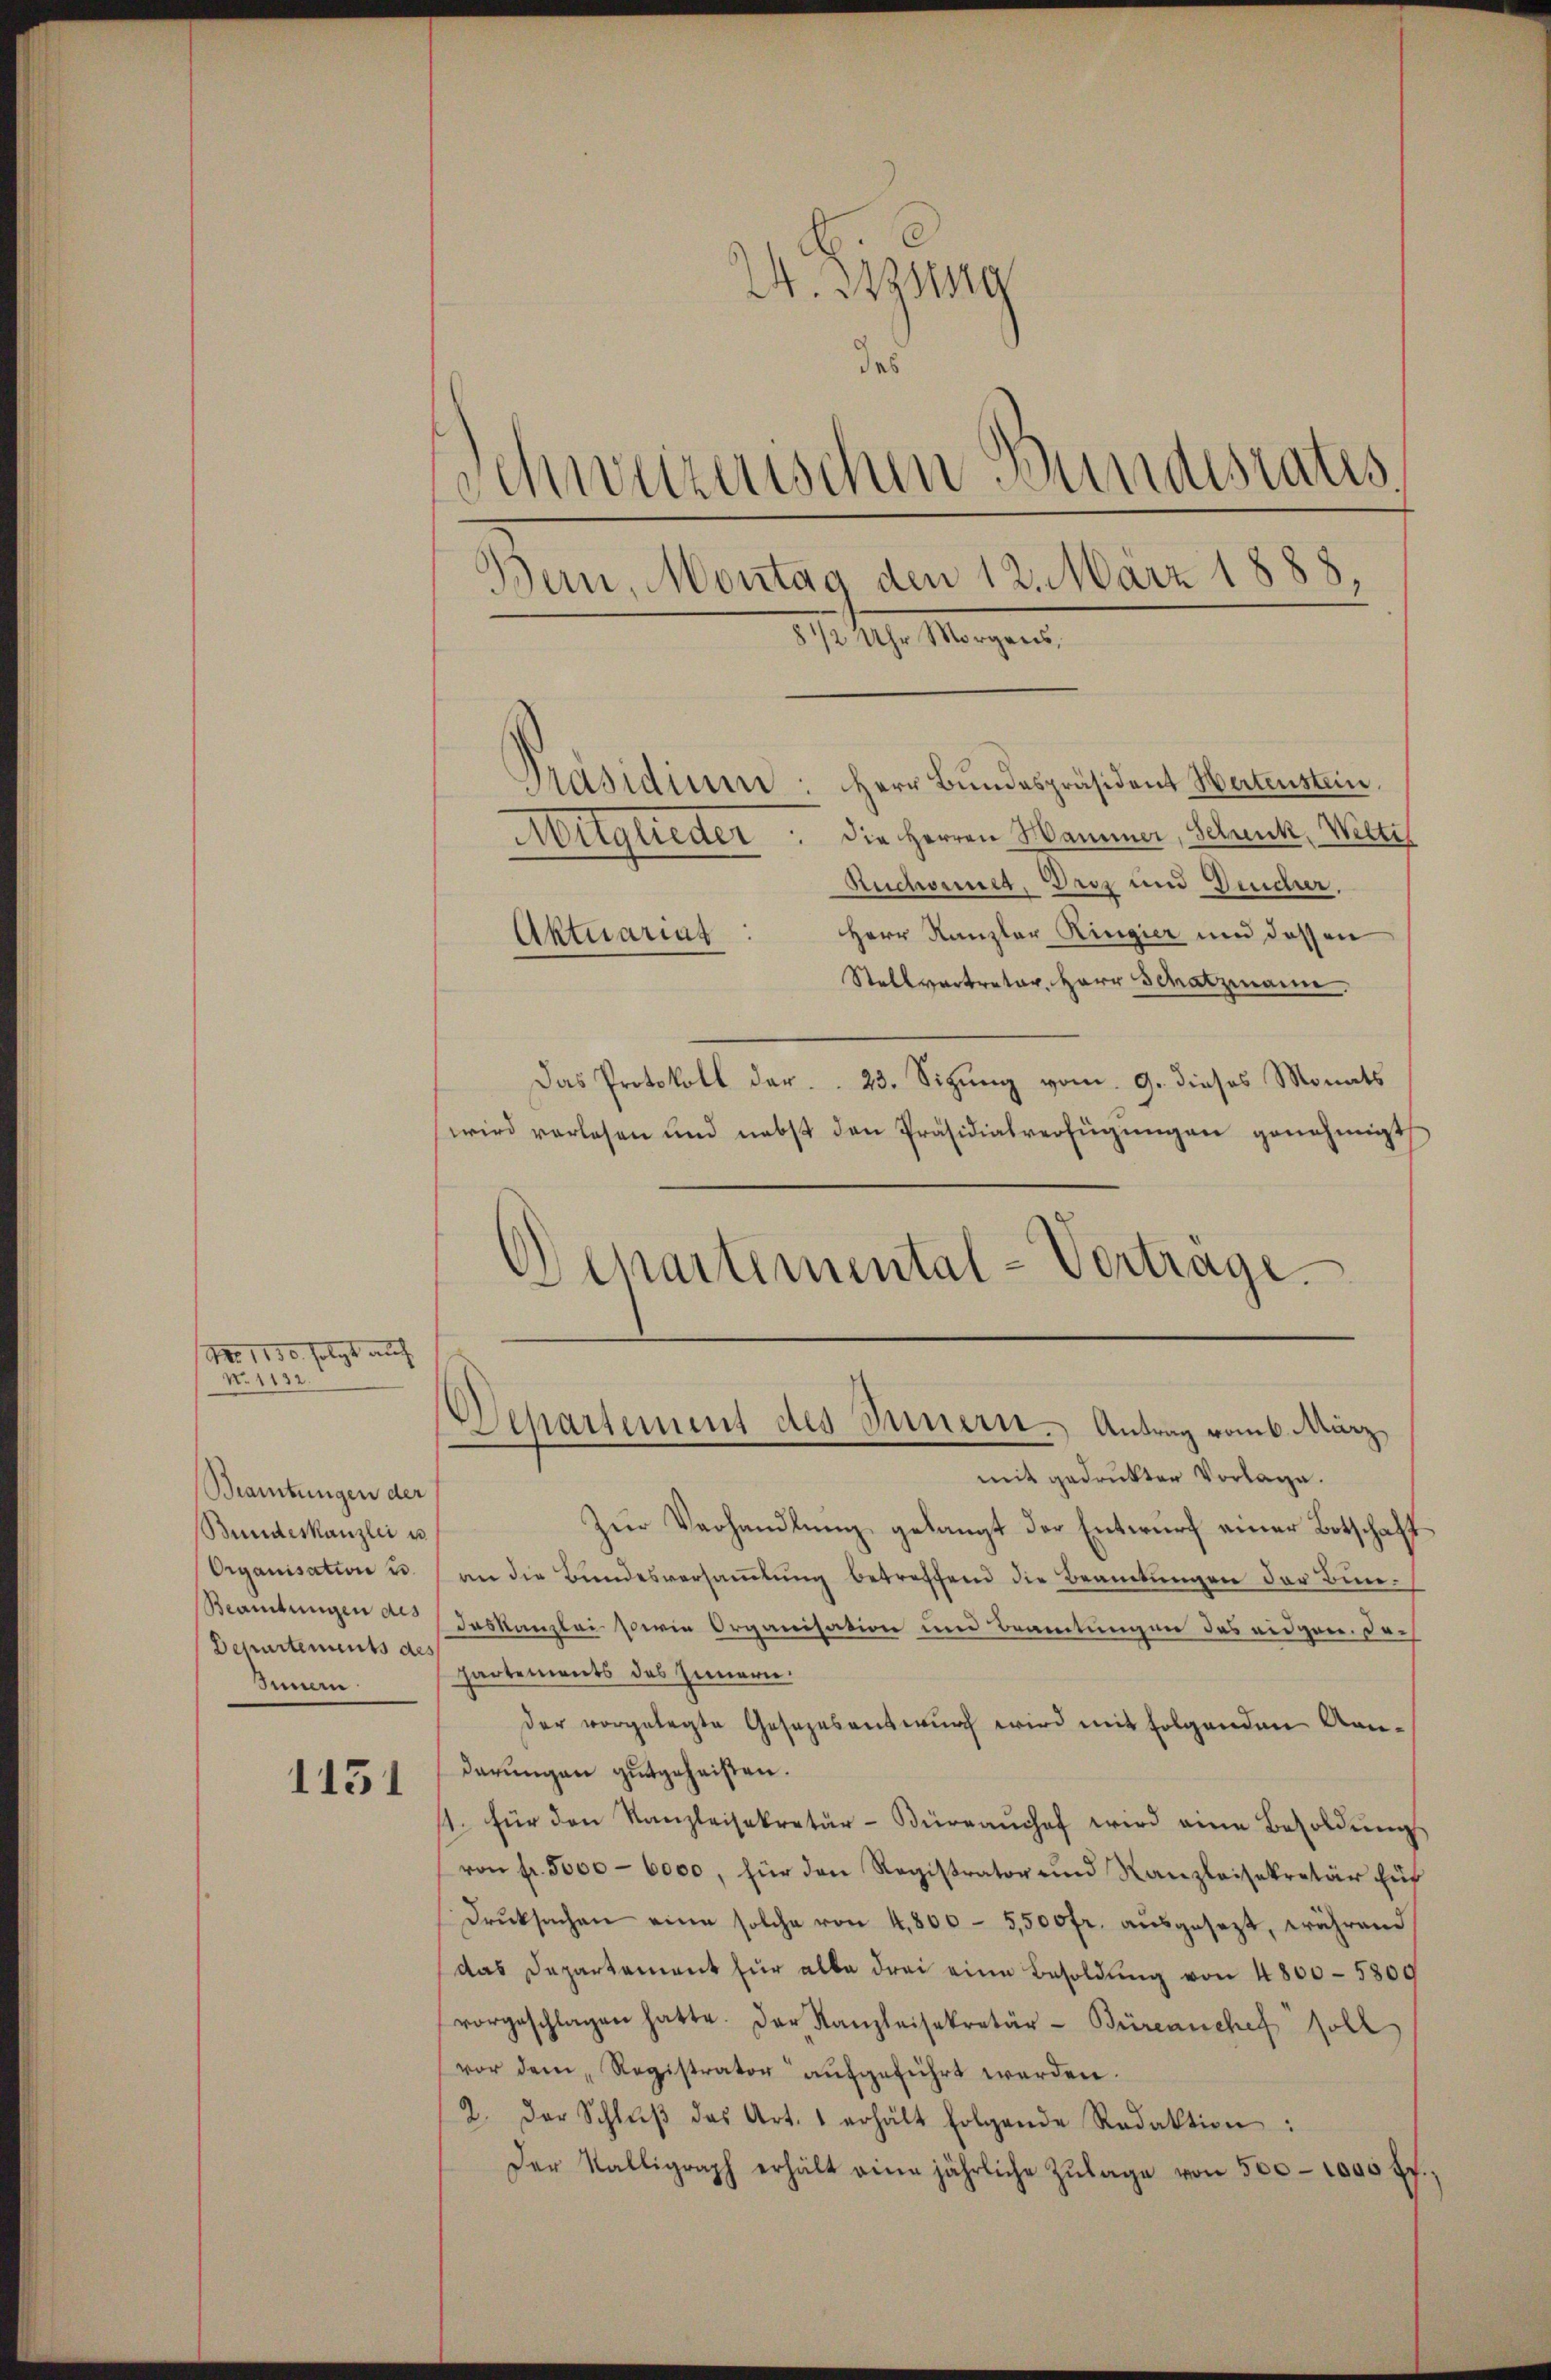
No. 1130 folgt auch
N. 1132.

Beamtungen der
Bundeskanzlei u.
Organisation u.
Beamtungen des
Departements des
Simmen.

1451

24. Sitzung
das
Schweizerischen Bundesrates,
Bern, Montag den 12. März 1888,
5 1/2 Uhr Morgens,

Präsidium: Herr Bundespräsident Hertenstein
Auglieder. Die Herren Hammer, Schenk, Welti
Ruchorner, Dros und Deudur.
Herr Kanzler Ringier und dessen
Aktuariat
Stellvertreter, Herr Schatzmann.
Das Protokoll dar. 23. Sizung vom 9. dieses Monats
wird verlesen und nebst den Präsidialverfügŭngen genehmigt
Departemental-Vortrage.

Departement des Innern. Antrag vom 6. März,
mit gedruckter Vorlage.

Zŭr Verhandlŭng gelangt der Entwurf einer Botschaft
an die Bundesversaṁlŭng betreffend die Beamtungen der Bun¬
Daskanzlei sowie Organisation und Beamtungen das eidgen. Doc
partements des Innern.
der vorgelegte Gesezesentwurf wird mit folgenden An-
derungen gutgeheisten.
11. für den Kanzleisekretär-Büreaŭchef wird eine Besoldŭng
von fr. 5000 - 6000, für den Registrator und Kanzleisekretär für
Drucksachen eine solche von 4,800 - 5,500fr. aŭsgesezt, während
das Departement für alle drei eine Besoldŭng von 4800-5800
vorgeschlagen hatte. Der Kanzleisekretär-Bürenschef soll
vor dem Registrator aufgeführt werden.
2. Der Schlŭβ des Art. 1 erhält folgende Redaktion:
Der Kalligraph erhält eine jährliche Zŭlage von 500 - 1000 ff.